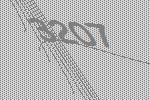
3207